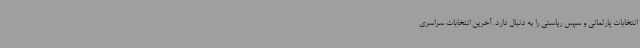
انتخابات پارلمانی و سپس ریاستی را به دنبال دارد. آخرین انتخابات سراسری